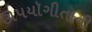
ઊપયૉગીતાની